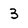
Character: 3